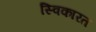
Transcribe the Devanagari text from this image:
स्विकारत